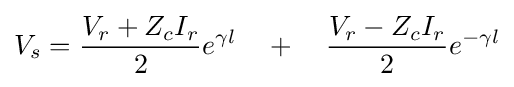
V_{s}={\frac {V_{r}+Z_{c}I_{r}}{2}}e^{\gamma l}\quad +\quad {\frac {V_{r}-Z_{c}I_{r}}{2}}e^{-\gamma l}